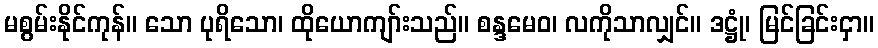
မစွမ်းနိုင်ကုန်။ သော ပုရိသော၊ ထိုယောကျာ်းသည်။ စန္ဒမေဝ၊ လကိုသာလျှင်။ ဒဋ္ဌုံ၊ မြင်ခြင်းငှာ။